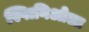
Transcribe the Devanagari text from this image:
स्पािनिओला